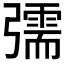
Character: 𢐰